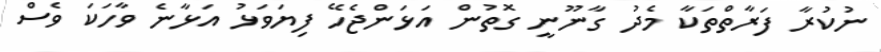
ނުކުރާ ފަރާތްތަކާ މެދު ގާނޫނީ ގޮތުން އަޅަންޖެހޭ ފިޔަވަޅު އަޅާނެ ވާހަކަ ވެސް